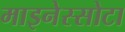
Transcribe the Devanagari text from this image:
माइनेस्सोटा